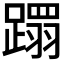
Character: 𮜍